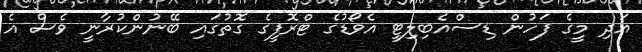
އަދި މީގެ ފަހުން ޑިސްއެބިލިޓީ އެވޯޑުގެ ޓްރޮފީގެ ގޮތުގައި ބޭނުންކުރާނީ ވެސް އެ